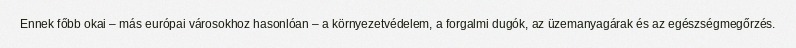
Ennek főbb okai – más európai városokhoz hasonlóan – a környezetvédelem, a forgalmi dugók, az üzemanyagárak és az egészségmegőrzés.